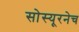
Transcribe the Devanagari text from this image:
सोस्यूरनेच